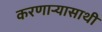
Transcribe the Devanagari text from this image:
करणार्‍यासाथी